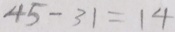
4 5 - 3 1 = 1 4